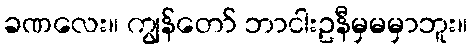
ခဏလေး။ ကျွန်တော် ဘာငါးဥနီမှမမှာဘူး။